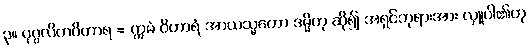
၃။ ပုဂ္ဂလိကဝိဟာရ = ဣမံ ဝိဟာရံ အာယသ္မတော ဒမ္မိဟု ဆို၍ အရှင်ဘုရားအား လှူပါ၏ဟု